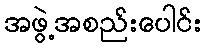
အဖွဲ့အစည်းပေါင်း